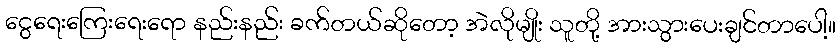
ငွေရေးကြေးရေးရော နည်းနည်း ခက်တယ်ဆိုတော့ အဲလိုမျိုး သူတို့ အားသွားပေးချင်တာပေါ့။